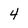
Character: 4